Indian journal of veterinary science and animal husbandry - Volumes 15-17, 1948-1951
Year: 1948
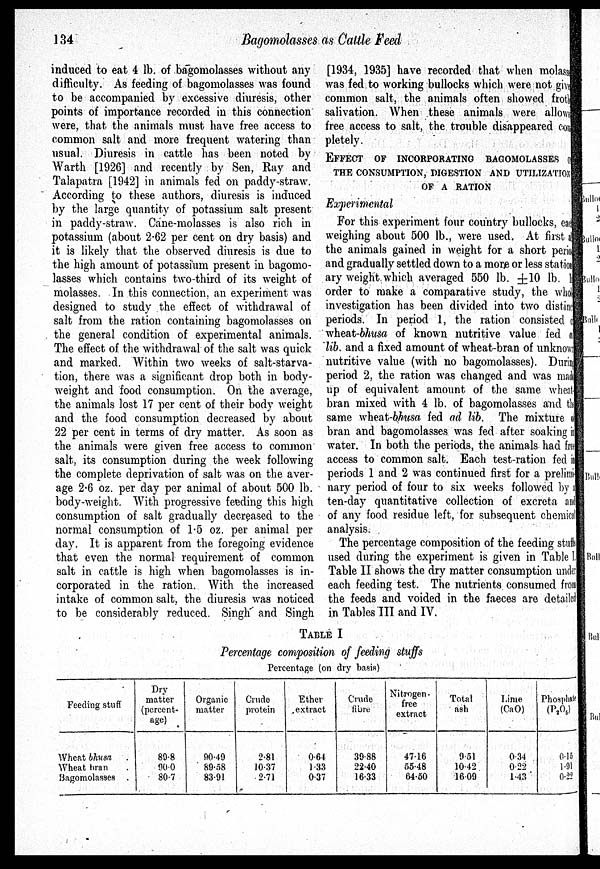
134
Bagomolasses as Cattle Feed
induced to eat 4 lb. of bagomolasses without any
difficulty. As feeding of bagomolasses was found
to be accompanied by excessive diuresis, other
points of importance recorded in this connection
were, that the animals must have free access to
common salt and more frequent watering than
usual. Diuresis in cattle has been noted by
Warth [1926] and recently by Sen, Ray and
Talapatra [1942] in animals fed on paddy-straw.
According to these authors, diuresis is induced
by the large quantity of potassium salt present
in paddy-straw. Cane-molasses is also rich in
potassium (about 2.62 per cent on dry basis) and
it is likely that the observed diuresis is due to
the high amount of potassium present in bagomo-
lasses which contains two-third of its weight of
molasses. In this connection, an experiment was
designed to study the effect of withdrawal of
salt from the ration containing bagomolasses on
the general condition of experimental animals.
The effect of the withdrawal of the salt was quick
and marked. Within two weeks of salt-starva-
tion, there was a significant drop both in body-
weight and food consumption. On the average,
the animals lost 17 per cent of their body weight
and the food consumption decreased by about
22 per cent in terms of dry matter. As soon as
the animals were given free access to common
salt, its consumption during the week following
the complete deprivation of salt was on the aver-
age 2.6 oz. per day per animal of about 500 lb.
body-weight. With progressive feeding this high
consumption of salt gradually decreased to the
normal consumption of 1.5 oz. per animal per
day. It is apparent from the foregoing evidence
that even the normal requirement of common
salt in cattle is high when bagomolasses is in-
corporated in the ration. With the increased
intake of common salt, the diuresis was noticed
to be considerably reduced. Singh and Singh
[1934, 1935] have recorded that when molasses
was fed to working bullocks which were not given
common salt, the animals often showed froth
salivation. When these animals were allowed
free access to salt, the trouble disappeared com¬
pletely.
EFFECT OF INCORPORATING BACOMOLASSES OF
THE CONSUMPTION, DIGESTION AND UTILIZATION
OF A RATION
Experimental
For this experiment four country bullocks, eacb
weighing about 500 lb., were used. At first all
the animals gained in weight for a short period
and gradually settled down to a more or less station
any weight which averaged 550 lb. ±10 lb. In
order to make a comparative study, the who
investigation has been divided into two distinct
periods. In period 1, the ration consisted of
wheat-bhusa of known nutritive value fed a
lib and a fixed amount of wheat-bran of unknown
nutritive value (with no bagomolasses). During
period 2, the ration was changed and was made
up of equivalent amount of the same wheat-
bran mixed with 4 lb. of bagomolasses and the
same wheat-bhusa fed ad lib. The mixture of
bran and bagomolasses was fed after soaking in
water. In both the periods, the animals had free
access to common salt. Each test-ration fed in
periods 1 and 2 was continued first for a prelimi-
nary period of four to six weeks followed by a
ten-day quantitative collection of excreta and
of any food residue left, for subsequent chemical
analysis.
The percentage composition of the feeding stuffs
used during the experiment is given in Table I.
Table II shows the dry matter consumption under
each feeding test. The nutrients consumed from
the feeds and voided in the faeces are detailed
in Tables III and IV.
TABLE I
Percentage composition of feeding stuffs
Percentage (on dry basis)
Feeding stuff
Wheat bhusa .
Wheat bran .
Bagomolasses .
Dry
matter
(percent
age)
89.8
90.0
80.7
Organic
matter
90.49
89.58
83.91
Crude
protein
2.81
10.37
2.71
Ether
extract
0.64
1.33
0.37
Crude
fibre
39.88
22.40
16.33
Nitrogen-
free
extract
47.16
55.48
64.50
Total
ash
9.51
10.42
16.09
Lime
(CaO)
0.34
0.22
1.43
Phosphate
(P 2 O 5 )
0.15
1. 91
0.22